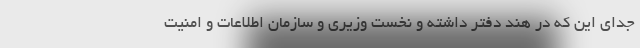
جدای این که در هند دفتر داشته و نخست وزیری و سازمان اطلاعات و امنیت